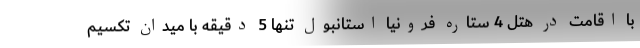
با اقامت در هتل 4 ستاره فرونیا استانبول تنها 5 دقیقه با میدان تکسیم